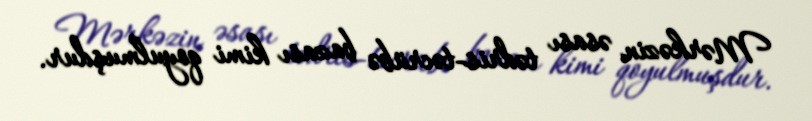
Mərkəzin əsası tədris-təcrübə bazası kimi qoyulmuşdur.